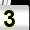
Digit: 3